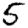
Digit: 5